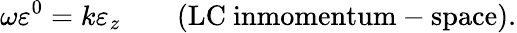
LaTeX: \omega\varepsilon^{0}=k\varepsilon_{z}\qquad\mathrm{(LC~inmomentum-space)}.